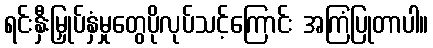
ရင်းနှီးမြှုပ်နှံမှုတွေပိုလုပ်သင့်ကြောင်း အကြံပြုတာပါ။